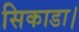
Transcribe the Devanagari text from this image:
सिकाडा।